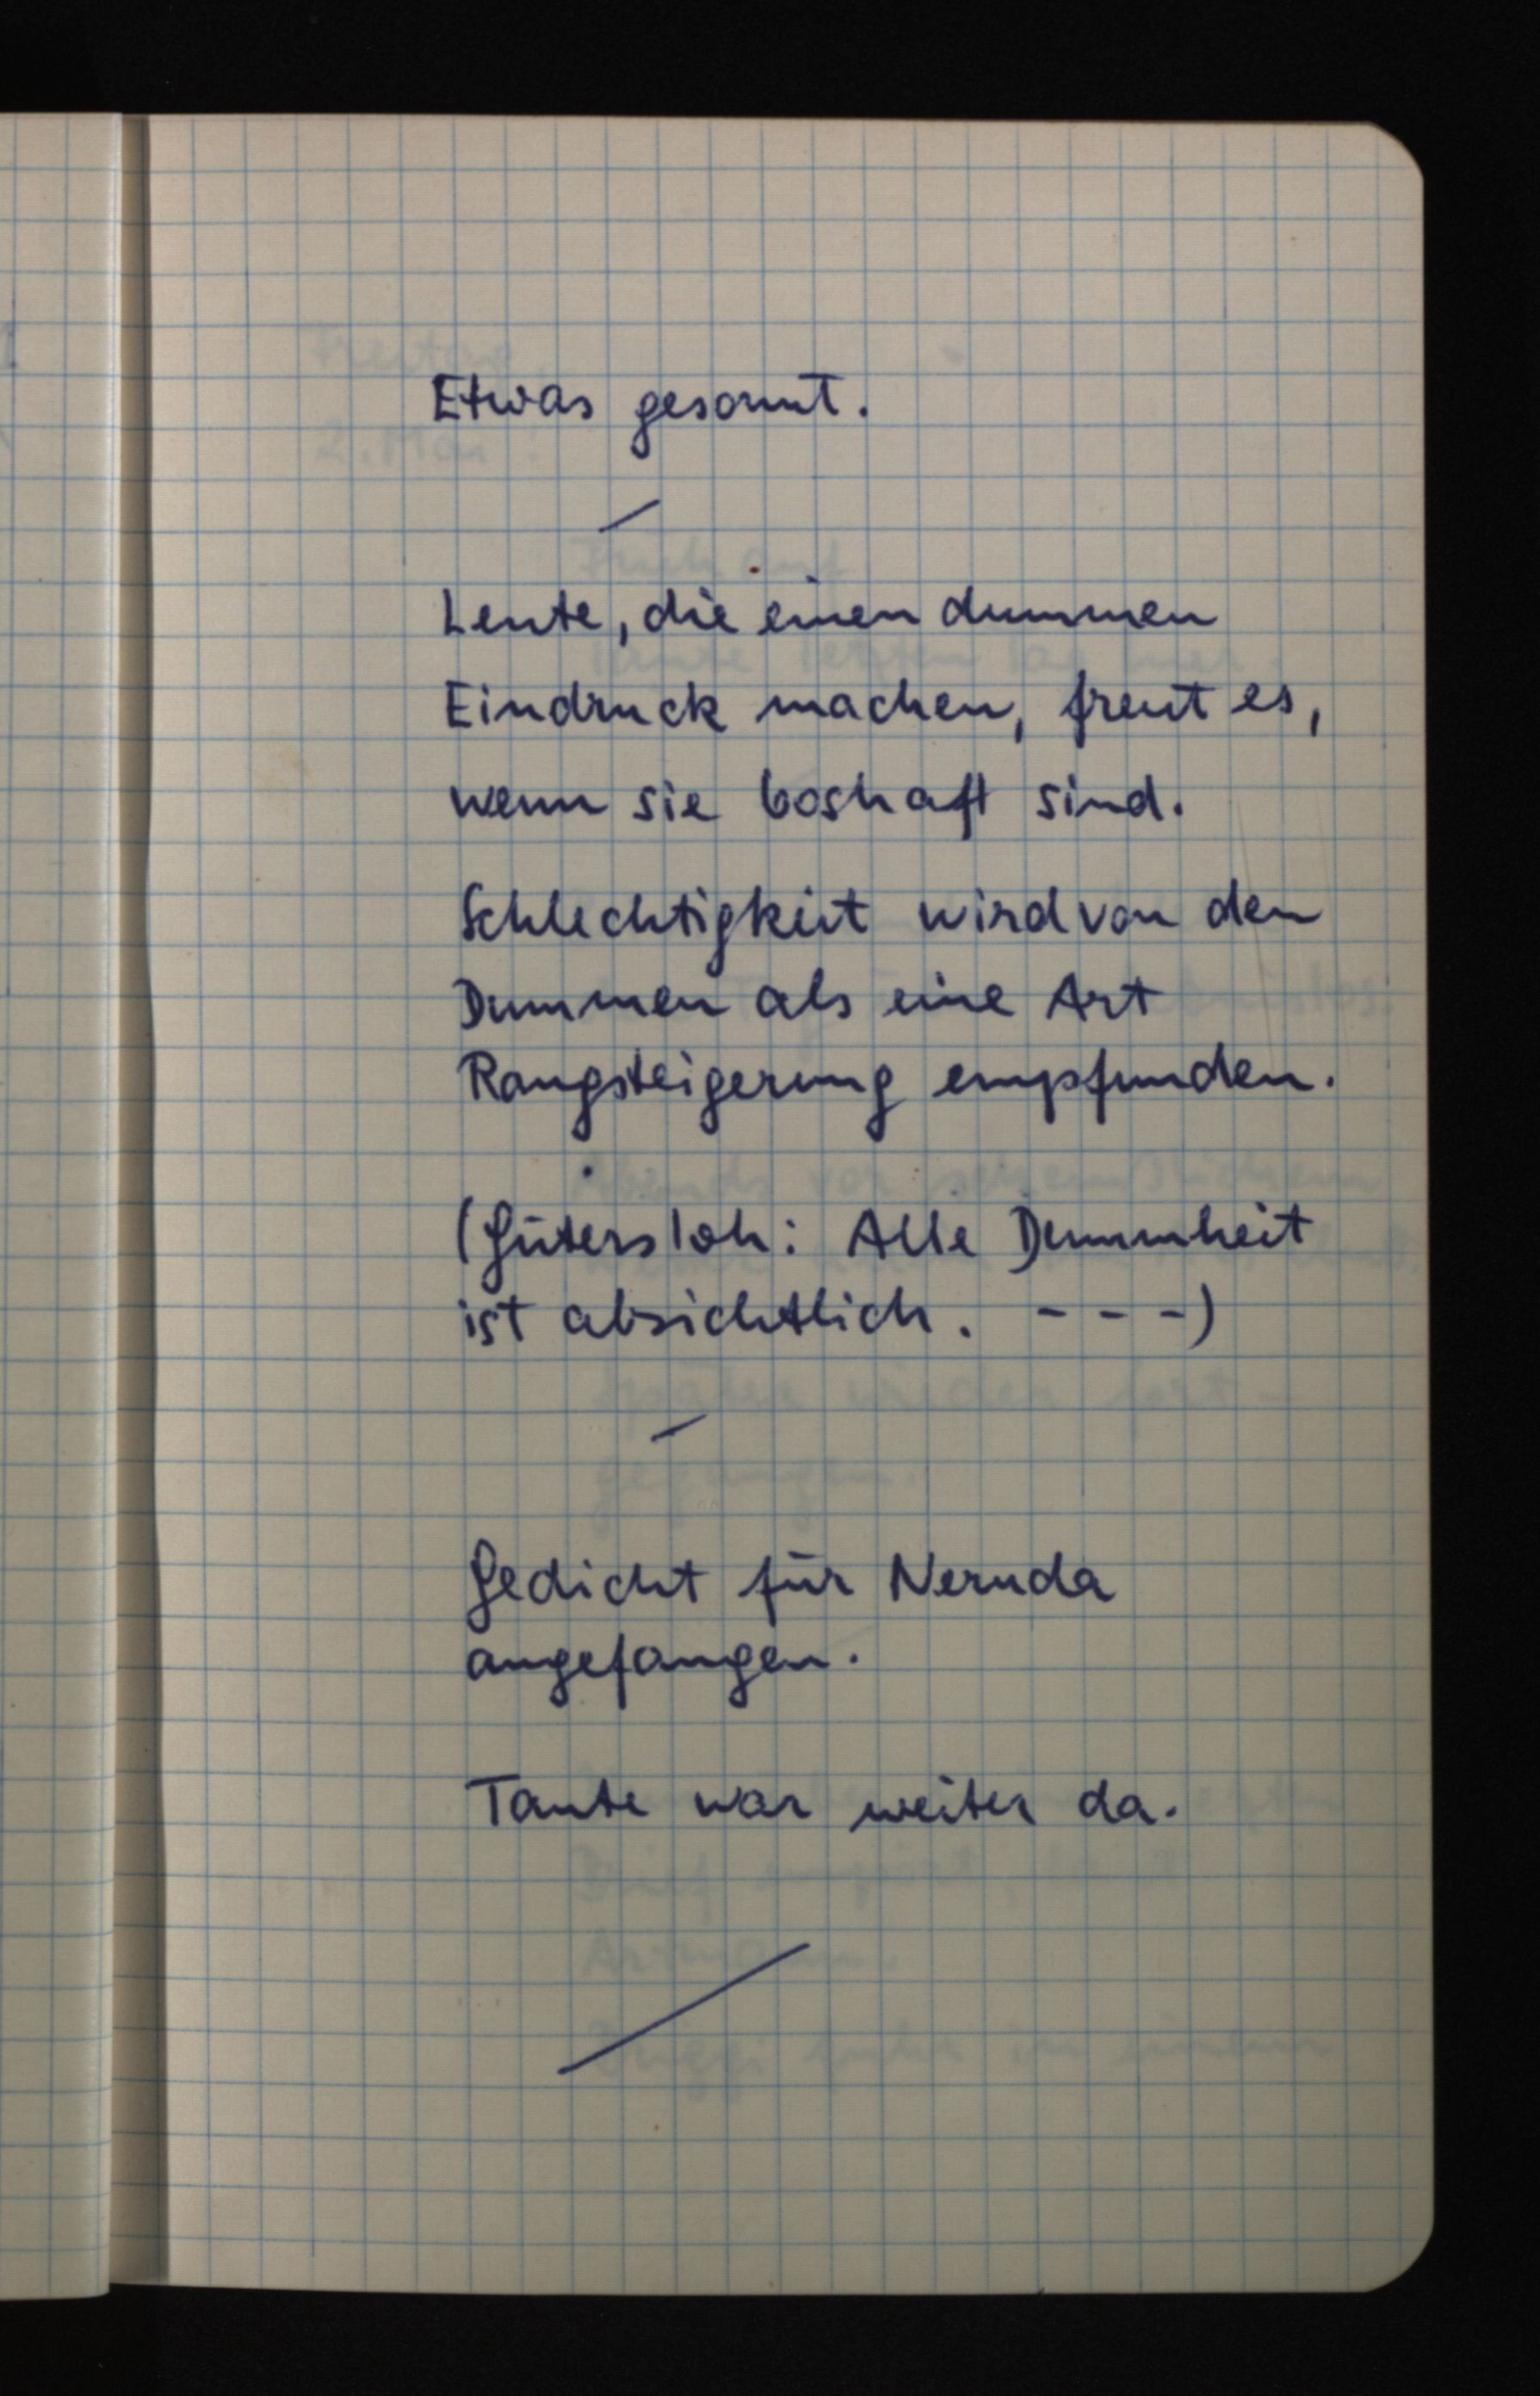
Etwas gesonnt.
Leute, die einen dummen
Eindruck machen, freut es,
wenn sie boshaft sind.
Schlechtigkeit wird von den
Dummen als eine Art
Rangsteigerung empfunden.
(Gütersloh: Alle Dummheit
ist absichtlich. - - -)
Gedicht für Neruda
angefangen.
Tante war weiter da.